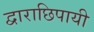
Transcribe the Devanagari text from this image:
द्वाराछिपायी